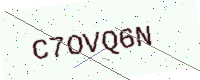
Text: C7OVQ6N